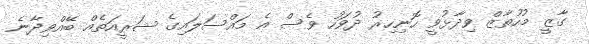
ގާޒީ މުހުތާޒް ވިދާޅުވީ ހޮނިހިރު ދުވަހު ވެސް އެ މައްސަލައިގެ ޝަރީއަތެއް ބޭއްވިދާނެ